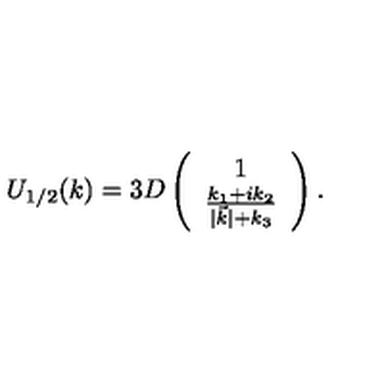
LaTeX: U _ { 1 / 2 } ( k ) = 3 D \left( \begin{array} { c c } { 1 } \\ { \frac { k _ { 1 } + i k _ { 2 } } { | \vec { k } | + k _ { 3 } } } \\ \end{array} \right) .